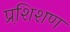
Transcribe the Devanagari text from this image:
प्रशि़शण